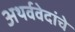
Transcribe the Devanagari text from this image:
अथर्ववेदांचे